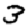
Digit: 3